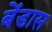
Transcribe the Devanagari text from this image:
बेंडास